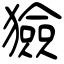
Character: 獫